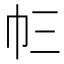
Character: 𢁚